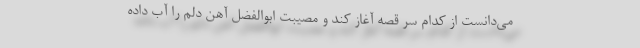
می‌دانست از کدام سر قصه آغاز کند و مصیبت ابوالفضل آهن دلم را آب داده